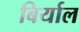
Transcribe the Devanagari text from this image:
बिर्याल